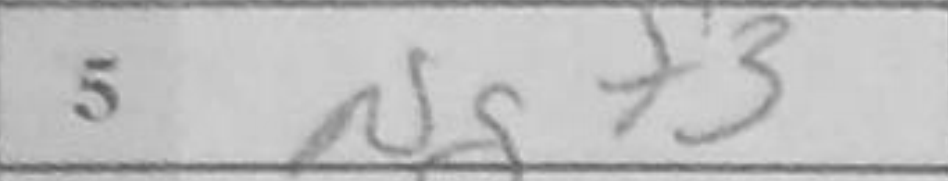
Transcription: Ngf3